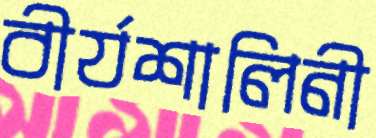
বীর্যশালিনী